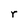
Character: r